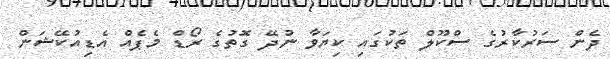
ދެން ސަރުކާރުގެ ސްކޫލް ތަކުގައި ކިޔަވާ ނުދޭ ގޮތުގެ ރޯޑް މެެޕެއް އެޑިއުކޭޝަން